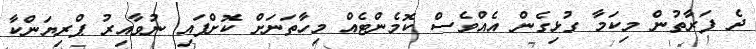
ދެ ފަރާތުން މިކަމާ ގުޅިގެން އެއްވެސް ކޮމެންޓެއް މިހާތަަނަށް ކޮށްފައި ނުވާއިރު ޕްރިޔަންކާ